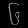
Digit: ၆